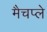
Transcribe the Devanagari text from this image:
मैचप्ले